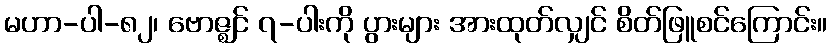
မဟာ-ပါ-၈၂၊ ဗောဇ္ဈင် ၇-ပါးကို ပွားများ အားထုတ်လျှင် စိတ်ဖြူစင်ကြောင်း။